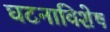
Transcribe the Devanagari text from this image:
घटनाविशेष